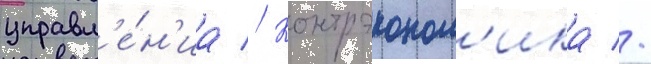
управл'е́н'иа // Контрэконом'ика //